Senior Leaving Certificate Examination (including Day School Certificate (Higher) General paper), 1946
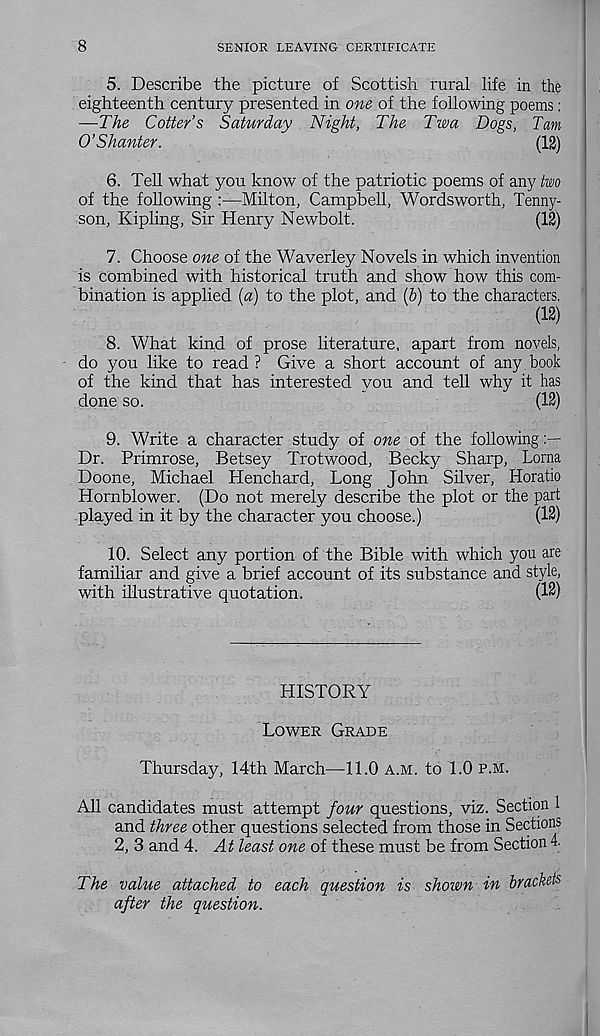
8
SENIOR LEAVING CERTIFICATE
5. Describe the picture of Scottish rural life in the
eighteenth century presented in one of the following poems:
—The Cotter’s Saturday Night, The Twa Dogs, Tam
O’Shanter.
(12)
6. Tell what you know of the patriotic poems of any two
of the following :—Milton, Campbell, Wordsworth, Tenny-
son, Kipling, Sir Henry Newbolt.
(12)
7. Choose one of the Waverley Novels in which invention
is combined with historical truth and show how this com-
bination is applied (a) to the plot, and (b) to the characters.
(12)
8. What kind of prose literature, apart from novels,
do you like to read? Give a short account of any book
of the kind that has interested you and tell why it has
done so.
(12)
9. Write a character study of one of the following
Dr. Primrose, Betsey Trotwood, Becky Sharp, Lorna
Doone, Michael Henchard, Long John Silver, Horatio
Hornblower. (Do not merely describe the plot or the part
played in it by the character you choose.)
(12)
10. Select any portion of the Bible with which you are
familiar and give a brief account of its substance and style,
with illustrative quotation.
(12)
HISTORY
LOWER GRADE
Thursday, 14th March—11.0 A.M. to 1.0 P.M.
All candidates must attempt four questions, viz. Section 1
and three other questions selected from those in Sections
2, 3 and 4. At least one of these must be from Section 4.
The value attached to each question is shown in brackets
after the question.